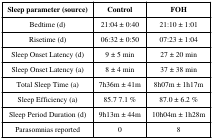
| Sleep parameter (source) | Control | FOH |
 | --- | --- | --- |
 | Bedtime (d) | 21:04 ± 0:40 | 21:10 ± 1:01 |
 | Risetime (d) | 06:32 ± 0:50 | 07:23 ± 1:04 |
 | Sleep Onset Latency (d) | 9 ± 5 min | 27 ± 20 min |
 | Sleep Onset Latency (a) | 8 ± 4 min | 37 ± 38 min |
 | Total Sleep Time (a) | 7h36m ± 41m | 8h07m ± 1h17m |
 | Sleep Efficiency (a) | 85.7 7.1 % | 87.0 ± 6.2 % |
 | Sleep Period Duration (d) | 9h13m ± 44m | 10h04m ± 1h28m |
 | Parasomnias reported | 0 | 8 |